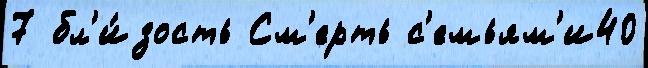
7 бл'и́зость См'ерть с'емьям'и40